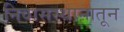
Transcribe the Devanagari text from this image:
निवासस्थानातून